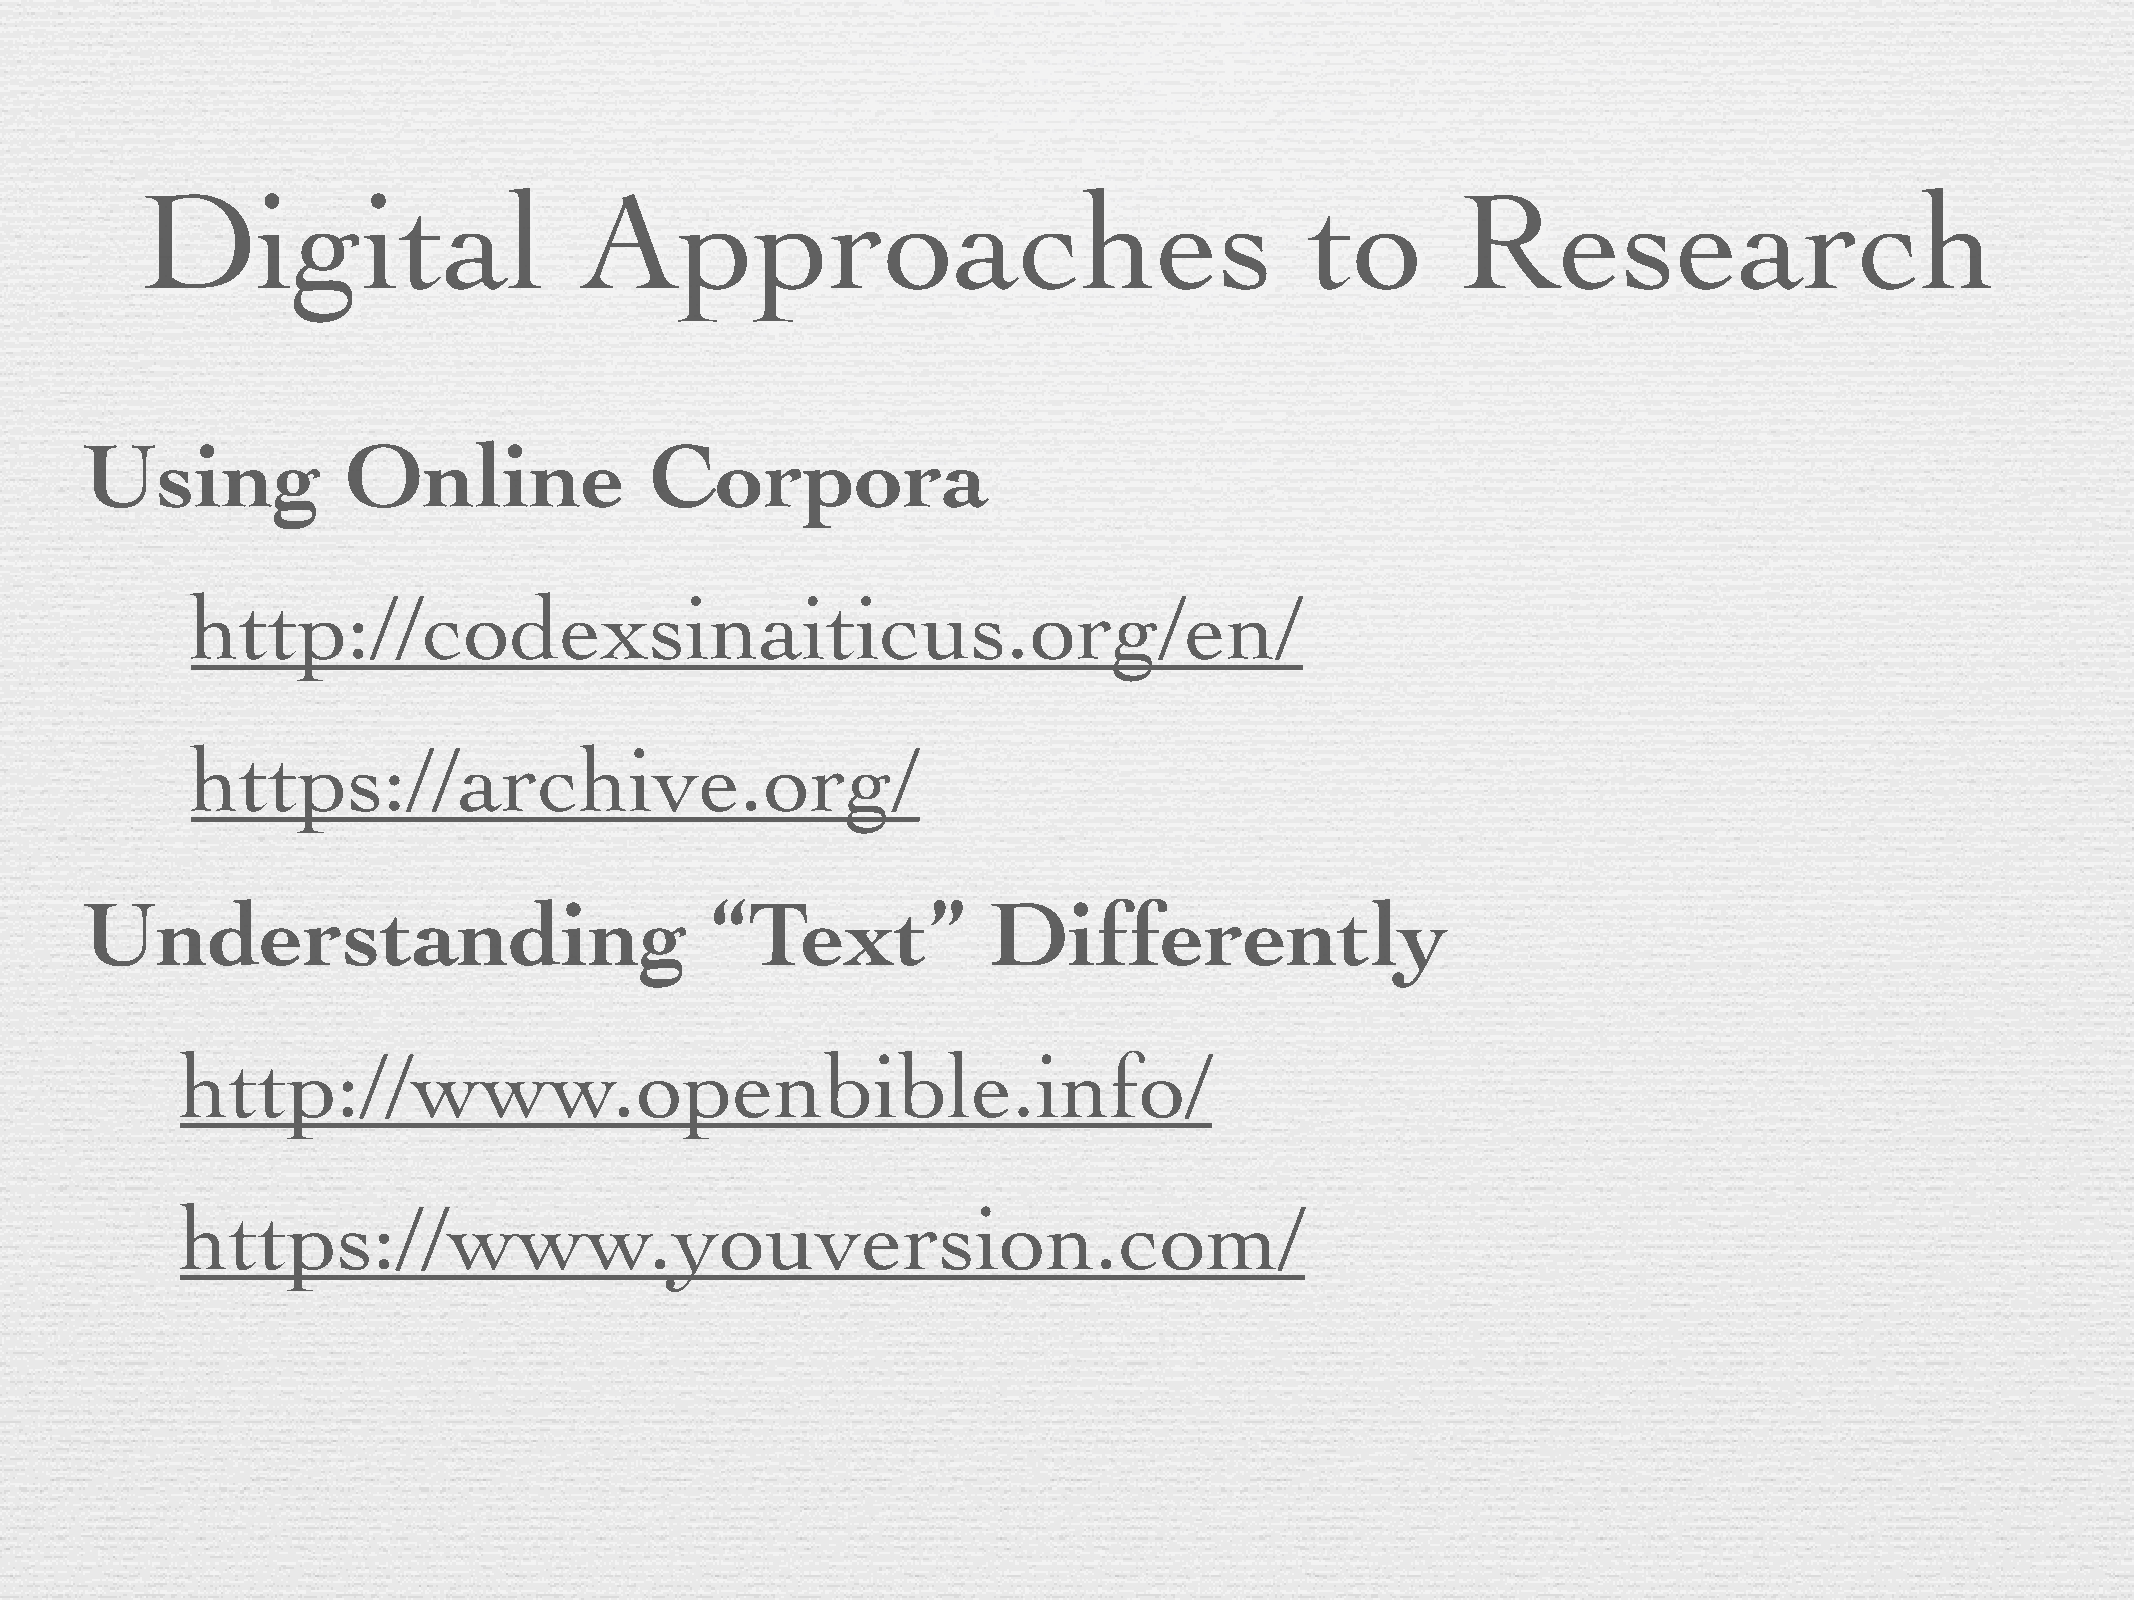
Digital                      Approaches                                       to        Research
 Using            Online              Corpora
 http://codexsinaiticus.org/en/
 https://archive.org/
 Understanding                            “Text”            Differently
 http://www.openbible.info/
 https://www.youversion.com/